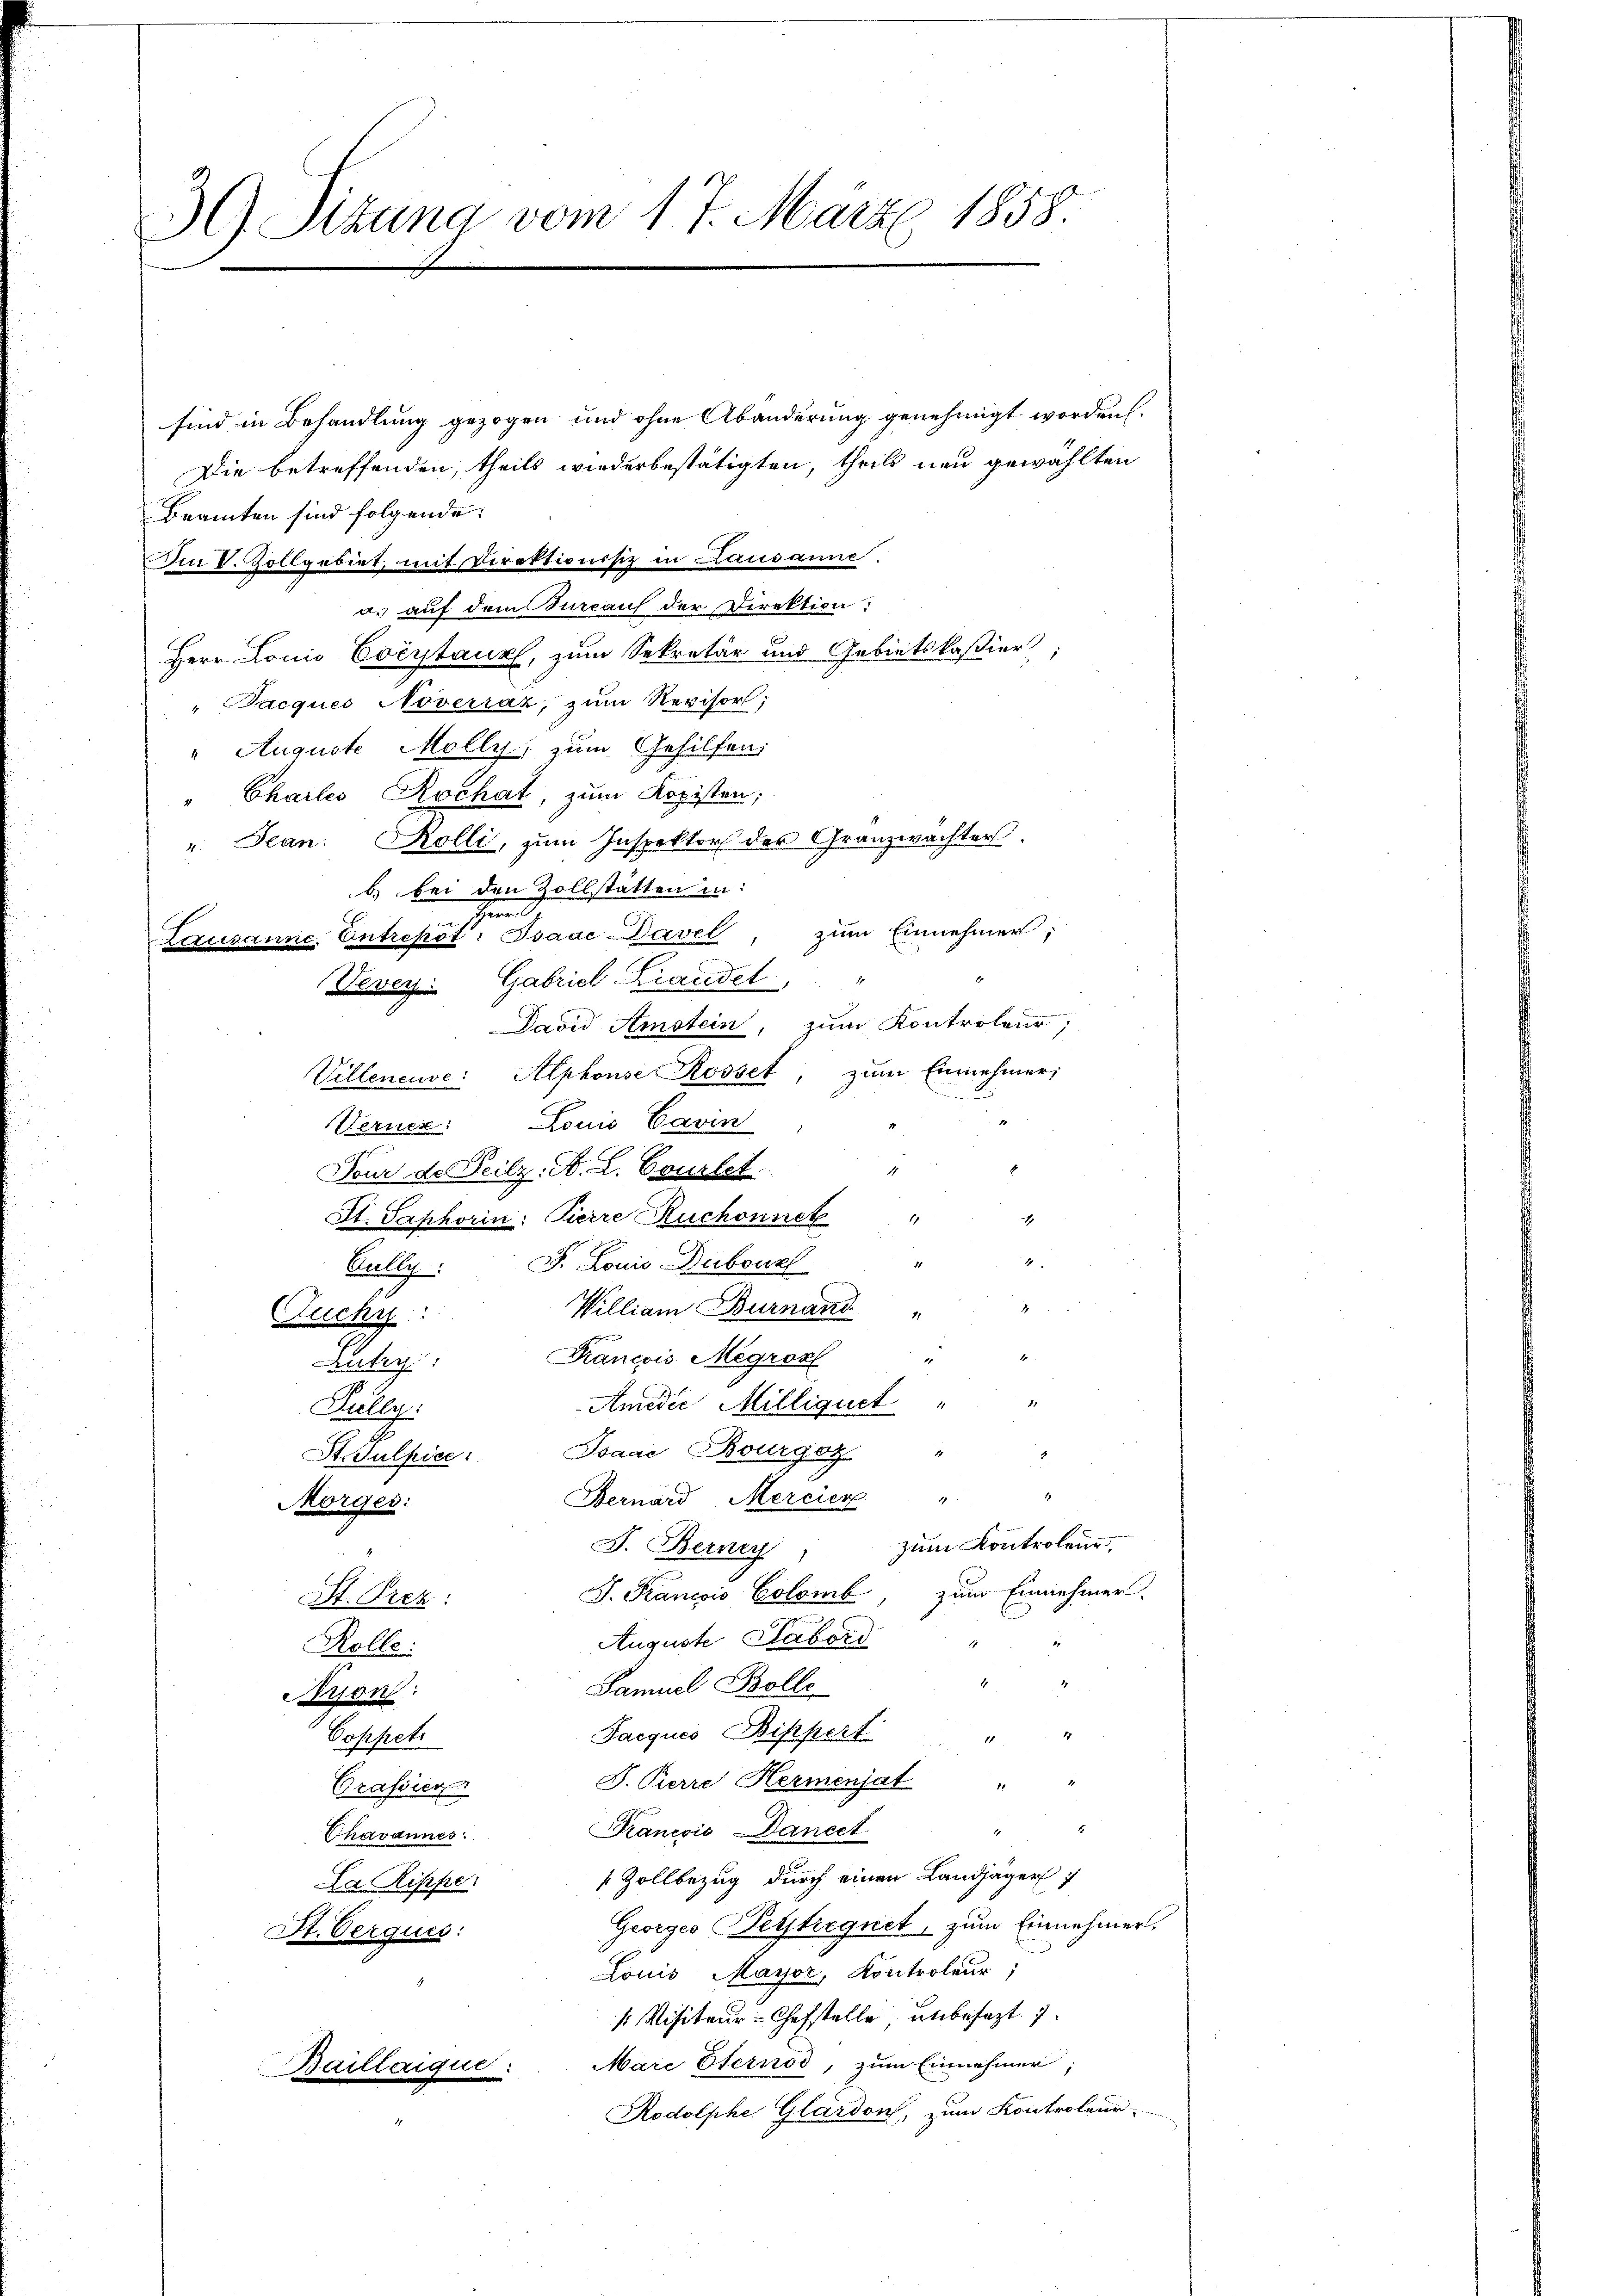
39. Sitzung vom 17. März 1858

sind in Behandlung gezogen und ohne Abänderung genehmigt worden.
Die betreffenden, theils wiederbestätigten, theils neu gewählten
Beamten sind folgende:
Ain P. Zollgebiet, mit Direktionisiz in Lausanne.
a. auf dem Bureaus der Direktion:
Herr Louis Everstaux, zum Sekretär und Gebietskaßier;
"Jacques Noverraz, zum Revisor;
" Auguste Molly, zum Gehilfen
" Chartes Rochat, zum Kopisten;
" Jean Kolli, zum Inspektor der Granzwachter.
b. bei den Zollstatten in:
n
Lausanne Entrepöt: Isaac Davel, zum Einnehmer;
Vevey Gabriel-Landel,
David Amstein, zum Kontroleur,
Villeneuve: Alphonse Rosset, zum Einnehmer;
Verner: Louis Cavin
Dour der Teilz. A. L. Courtet. "
St. Saphorin: Pierre Ruchonnet "
4.
7
Bully: J. Louis Dubouzl
William Burnaud "
Tuchge
Rancois Megros "
Antig:
1
Amidić Milliquet "
Kully.
1
St. Sulpice Baar Bourgoz
.
Bernard Mercier "
Morges:
zum Kontrolen,
J. Berney
J. Francois Colomb zum Einnehmer.
St. Prez:
Auguste Habord
Rolle:
f
Samuel Bolle
Meron:
Jacquis Bippert
Coppeti
1
J. Pierre Hermenjat
8
Prassier
22
Francois Dancet
Chavannes:
Zollbezug durch einen Landjäger
La Rippe.
Georges erstregnet, zum Einnehmer.
St. Oerques:
Louis Mayor, Kontroleur,
 Visiteur-Chefstelle unbesezt. 7
Mare Sternod, zum Einnehmer;
Baillaique.
Rodolphe Glärdon, zum Kontroleur